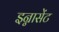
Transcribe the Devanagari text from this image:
इन्नासेंट